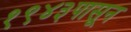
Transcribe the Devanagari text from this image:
१९४३पासून